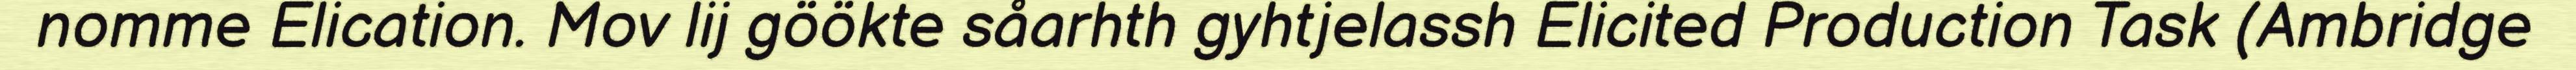
nomme Elication. Mov lij göökte såarhth gyhtjelassh Elicited Production Task (Ambridge